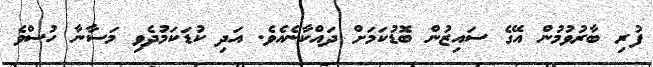
ފުރި ބާރުވުމުން އޭގެ ސައިޒުން ބޮޑުކަމަށް ދައްކާނެއެވެ. އަދި ކުޑަކަމުދެވި މަސާނާ ހުސްވެ